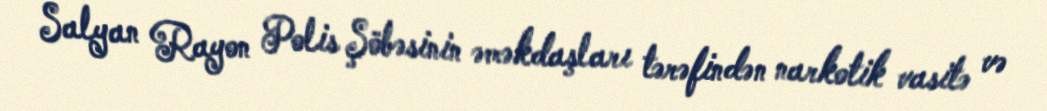
Salyan Rayon Polis Şöbəsinin əməkdaşları tərəfindən narkotik vasitə və